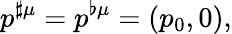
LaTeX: p^{\sharp\mu}=p^{\flat\mu}=(p_{0},0),